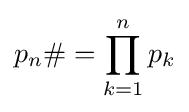
p_{n}\#=\prod _{k=1}^{n}p_{k}